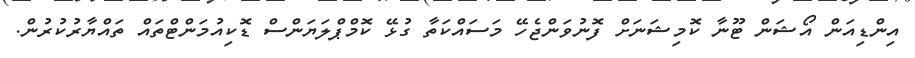
އިންޑިއަން އޯޝަން ޓޫނާ ކޮމިޝަނަށް ފޮނުވަންޖެހޭ މަސައްކަތާ ގުޅޭ ކޮމްޕްލަޔަންސް ޑޮކިއުމަންޓްތައް ތައްޔާރުކުރުން.